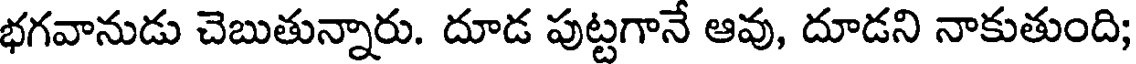
భగవానుడు చెబుతున్నారు. దూడ పుట్టగానే ఆవు, దూడని నాకుతుంది;